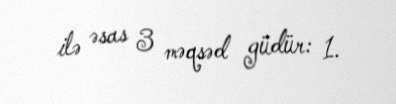
ilə əsas 3 məqsəd güdür: 1.